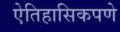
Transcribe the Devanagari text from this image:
ऐतिहासिकपणे